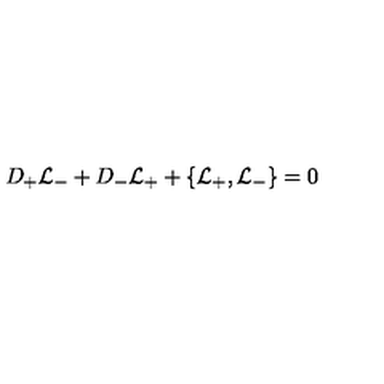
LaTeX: D _ { + } { \cal L } _ { - } + D _ { - } { \cal L } _ { + } + \{ { \cal L } _ { + } , { \cal L } _ { - } \} = 0